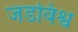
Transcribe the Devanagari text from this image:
जडविश्व